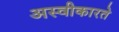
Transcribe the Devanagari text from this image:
अस्‍वीकारते